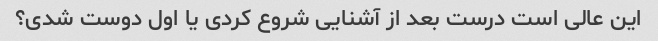
این عالی است درست بعد از آشنایی شروع کردی یا اول دوست شدی؟